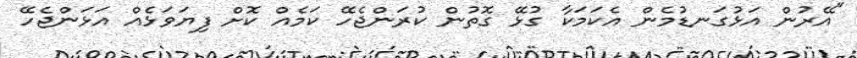
"އޭރުން އަޅުގަނޑުމެން އެކަމަކާ ގުޅޭ ގޮތުން ކުރަންޖެހޭ ކަމެއް ކޮށް ފިޔަވަޅެއް އަޅަންޖެހޭ